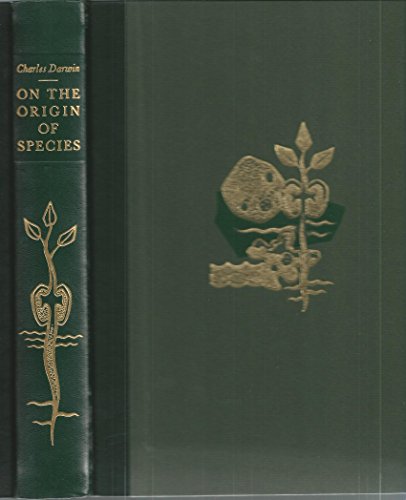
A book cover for On the Origin of Species By Means of Natural Selection; or, the Preservation of Favoured Races in the Struggle for Life; Charles Darwin; Law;